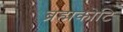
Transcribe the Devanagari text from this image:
ब्रह्मकोटि